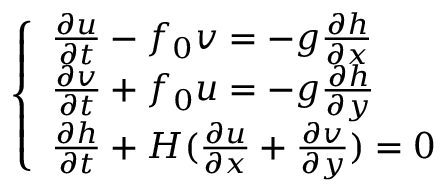
\left\{ \begin{array} { l l } { \frac { \partial u } { \partial t } - f _ { 0 } v = - g \frac { \partial h } { \partial x } } \\ { \frac { \partial v } { \partial t } + f _ { 0 } u = - g \frac { \partial h } { \partial y } } \\ { \frac { \partial h } { \partial t } + H ( \frac { \partial u } { \partial x } + \frac { \partial v } { \partial y } ) = 0 } \end{array} \right.